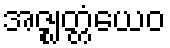
အဇ္ဈတ္တံယေဝ